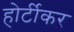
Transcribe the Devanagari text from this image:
होर्टीकर